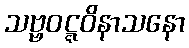
သဗ္ဗဝဋ္ဋဝိနာသနော